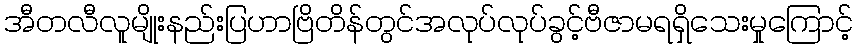
အီတလီလူမျိုးနည်းပြဟာဗြိတိန်တွင်အလုပ်လုပ်ခွင့်ဗီဇာမရရှိသေးမှုကြောင့်